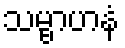
သမ္ဗာဟနံ